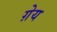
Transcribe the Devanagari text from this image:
ग़ेय